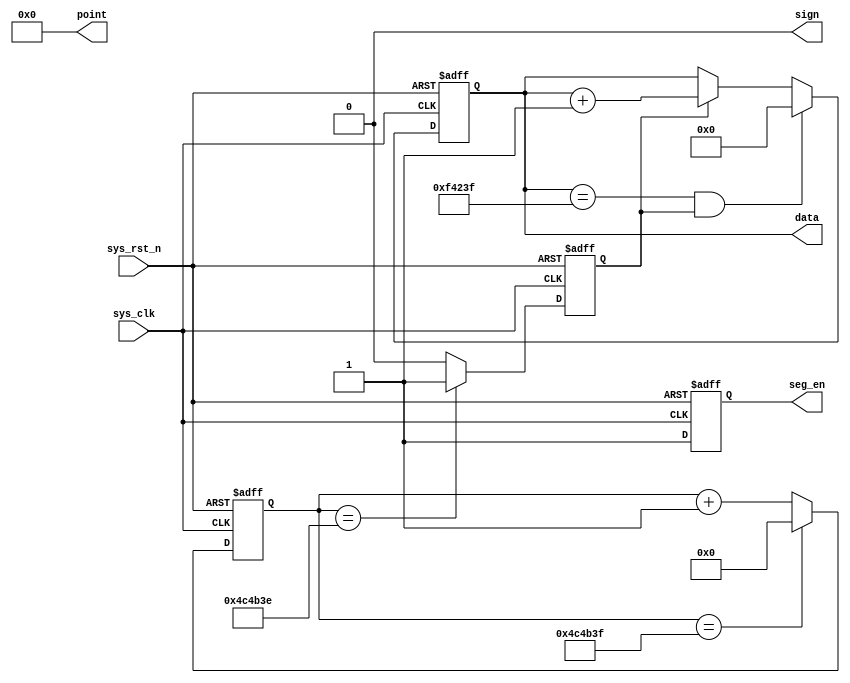
`timescale  1ns/1ns
////////////////////////////////////////////////////////////////////////
// Module Name   : data_gen
// Project Name  : top_seg_595
// Target Devices: Altera EP4CE10F17C8N
// Tool Versions : Quartus 13.0
// Description   : 
//
// Revision      : V1.0
// Additional Comments:
// 
// : _Pro_FPGA
//     : http://www.embedfire.com
//     : http://www.firebbs.cn
//     : https://fire-stm32.taobao.com
////////////////////////////////////////////////////////////////////////

module  data_gen
#(
    parameter   CNT_MAX = 23'd4999_999, //100ms
    parameter   DATA_MAX= 20'd999_999   //
)
(
    input   wire            sys_clk     ,   //50MHz
    input   wire            sys_rst_n   ,   //

    output  reg     [19:0]  data        ,   //
    output  wire    [5:0]   point       ,   //,
    output  reg             seg_en      ,   //
    output  wire            sign            //
);

//********************************************************************//
//****************** Parameter and Internal Signal *******************//
//********************************************************************//

//reg   define
reg     [22:0]  cnt_100ms   ;   //100ms
reg             cnt_flag    ;   //100ms

//********************************************************************//
//***************************** Main Code ****************************//
//********************************************************************//

//
assign  point   =   6'b000_000;
assign  sign    =   1'b0;

//cnt_100ms:50MHz04999_999100ms
always@(posedge sys_clk or negedge sys_rst_n)
    if(sys_rst_n == 1'b0)
        cnt_100ms   <=  23'd0;
    else    if(cnt_100ms == CNT_MAX)
        cnt_100ms   <=  23'd0;
    else
        cnt_100ms   <=  cnt_100ms + 1'b1;

//cnt_flag:100ms
always@(posedge sys_clk or negedge sys_rst_n)
    if(sys_rst_n == 1'b0)
        cnt_flag    <=  1'b0;
    else    if(cnt_100ms == CNT_MAX - 1'b1)
        cnt_flag    <=  1'b1;
    else
        cnt_flag    <=  1'b0;

//:0-999_999
always@(posedge sys_clk or negedge sys_rst_n)
    if(sys_rst_n == 1'b0)
        data    <=  20'd0;
    else    if((data == DATA_MAX) && (cnt_flag == 1'b1))
        data    <=  20'd0;
    else    if(cnt_flag == 1'b1)
        data    <=  data + 1'b1;
    else
        data    <=  data;

//
always@(posedge sys_clk or negedge sys_rst_n)
    if(sys_rst_n == 1'b0)
        seg_en  <=  1'b0;
    else
        seg_en  <=  1'b1;

endmodule